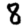
Digit: 8